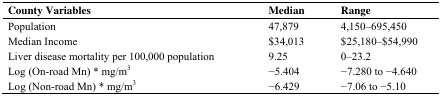
| County Variables | Median | Range |
 | --- | --- | --- |
 | Population | 47,879 | 4,150–695,450 |
 | Median Income | $34,013 | $25,180–$54,990 |
 | Liver disease mortality per 100,000 population | 9.25 | 0–23.2 |
 | Log (On-road Mn) * mg/m3 | −5.404 | −7.280 to −4.640 |
 | Log (Non-road Mn) * mg/m3 | −6.429 | −7.06 to −5.10 |